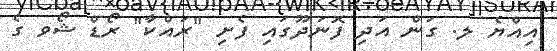
އިއްޔެ ލ. ގަން އަދި ފޮނަދޫގައި ފެށި "ރައްކާ" ރޯޑް ޝޯވ ގެ